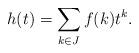
LaTeX: \begin{align*}h(t)=\sum_{k \in J}f(k)t^k.\end{align*}